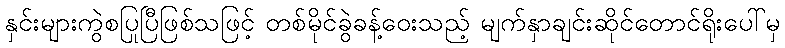
နှင်းများကွဲစပြုပြီဖြစ်သဖြင့် တစ်မိုင်ခွဲခန့်ဝေးသည့် မျက်နှာချင်းဆိုင်တောင်ရိုးပေါ်မှ